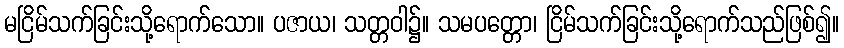
မငြိမ်သက်ခြင်းသို့ရောက်သော။ ပဇာယ၊ သတ္တဝါ၌။ သမပတ္တော၊ ငြိမ်သက်ခြင်းသို့ရောက်သည်ဖြစ်၍။